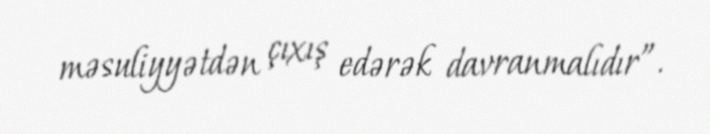
məsuliyyətdən çıxış edərək davranmalıdır”.